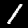
Digit: 1